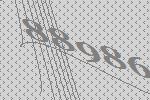
88986